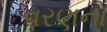
વરણનો